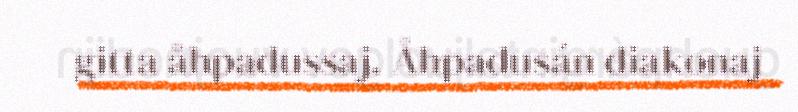
gitta åhpadussaj. Åhpadusán diakonaj